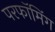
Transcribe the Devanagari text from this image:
परफॉमिंग